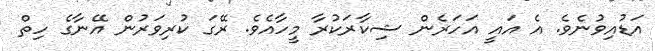
އަޑުއިވުނެވެ. އެ އައީ އަަހަރެން ޝިކާރަކުރާ މީހާއެވެ. ރޭގަ ކުރިވަރުން އޭނާގެ ހިތް